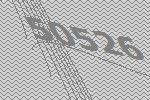
50526